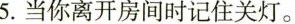
5.当你离开房间时记住关灯。